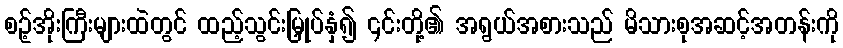
စဥ့်အိုးကြီးများထဲတွင် ထည့်သွင်းမြှုပ်နှံ၍ ၎င်းတို့၏ အရွယ်အစားသည် မိသားစုအဆင့်အတန်းကို